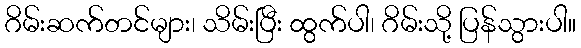
ဂိမ်းဆက်တင်များ၊ သိမ်းပြီး ထွက်ပါ၊ ဂိမ်းသို့ ပြန်သွားပါ။